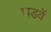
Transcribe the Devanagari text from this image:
घडवें